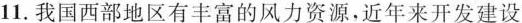
11.我国西部地区有丰富的风力资源，近年来开发建设